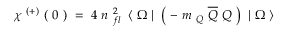
\begin{array} { l } { { \chi ^ { \ ( + ) } \ ( \ 0 \ ) \ = \ 4 \ n _ { \ f l } ^ { \ 2 } \ \left\langle \ \Omega \ \right| \ \left( \ - \ m _ { \ Q } \ \overline { { { Q } } } \ Q \ \right) \ \left| \ \Omega \ \right\rangle } } \end{array}